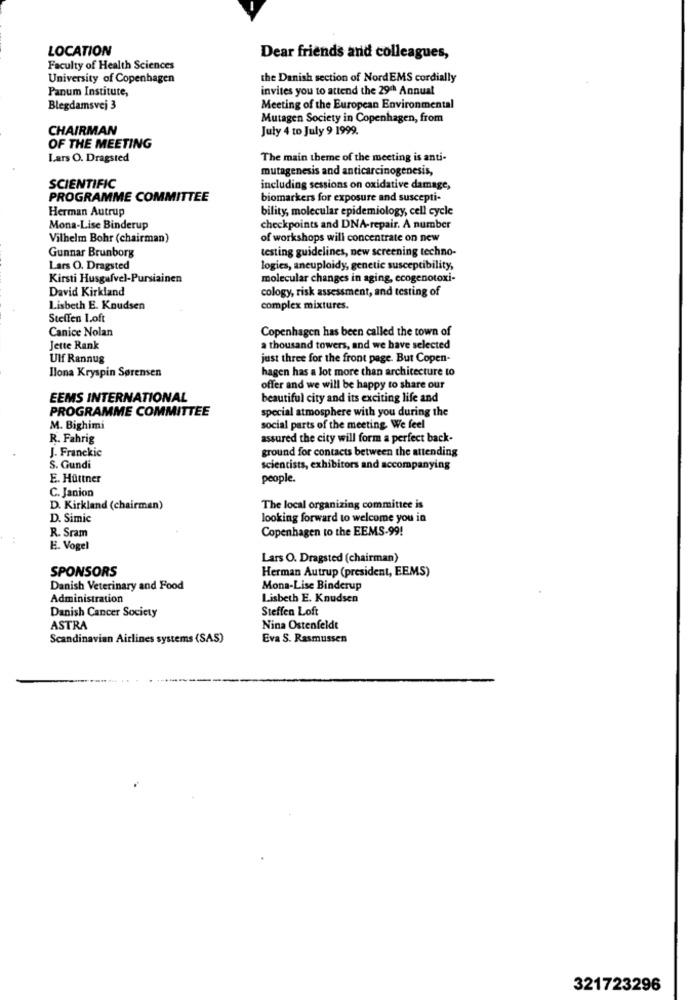
LOCATION
Dear friends and colleagues,
Faculty of Health Sciences
University of Copenhagen
the Danish section of NordEMS cordially
Panum Institute,
invites you to attend the 29ª% Annual
Blegdamsvej 3
Meeting of the European Environmental
Mutagen Society in Copenhagen, from
CHAIRMAN
July 4 to July 9 1999.
OF THE MEETING
Lars O. Dragsted
The main theme of the meeting is anti-
mutagenesis and anticarcinogenesis,
SCIENTIFIC
including sessions on oxidative damage,
PROGRAMME COMMITTEE
biomarkers for exposure and suscepti-
Herman Autrup
bility, molecular epidemiology, cell cycle
Mona-Lise Binderup
checkpoints and DNA-repair. A number
Vilhelm Bohr (chairman)
of workshops will concentrate on new
Gunnar Brunborg
testing guidelines, new screening techno-
Lars O. Dragsted
logies, aneuploidy, genetic susceptibility,
Kirsti Husgufvel-Pursiainen
molecular changes in aging, ecogenotoxi-
David Kirkland
cology, risk assessment, and testing of
Lisbeth E. Knudsen
complex mixtures.
Steffen Loft
Canice Nolan
Copenhagen has been called the town of
Jette Rank
a thousand towers, and we have selected
Ulf Rannug
just three for the front page. But Copen-
Ilona Kryspin Sørensen
hagen has a lot more than architecture to
offer and we will be happy to share our
EEMS INTERNATIONAL
beautiful city and its exciting life and
PROGRAMME COMMITTEE
special atmosphere with you during the
M. Bighimi
social parts of the meeting We feel
R. Fahrig
assured the city will form a perfect back-
J. Franckie
ground for contacts between the attending
S. Gundi
scientists, exhibitors and accompanying
E. Hüttner
people.
C. Janion
D. Kirkland (chairman)
The local organizing committee is
D. Simic
looking forward to welcome you in
R. Sram
Copenhagen to the EEMS-99!
E. Vogel
Lars O. Dragsted (chairman)
SPONSORS
Herman Autrup (president, EEMS)
Danish Veterinary and Food
Mona-Lise Binderup
Administration
Lisbeth E. Knudsen
Steffen Loft
Danish Cancer Society
ASTRA
Nina Ostenfeldt
Scandinavian Airlines systems (SAS)
Eva S. Rasmussen
321723296